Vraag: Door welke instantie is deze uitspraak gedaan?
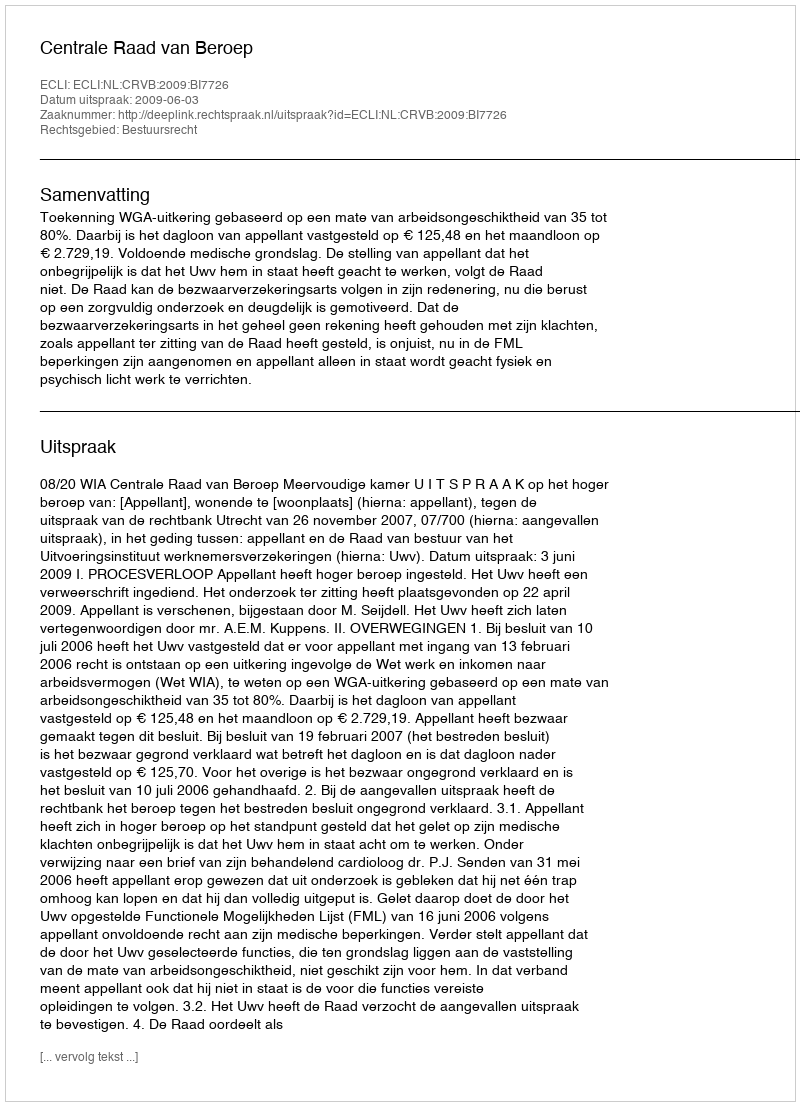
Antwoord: Centrale Raad van Beroep